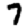
Digit: 7